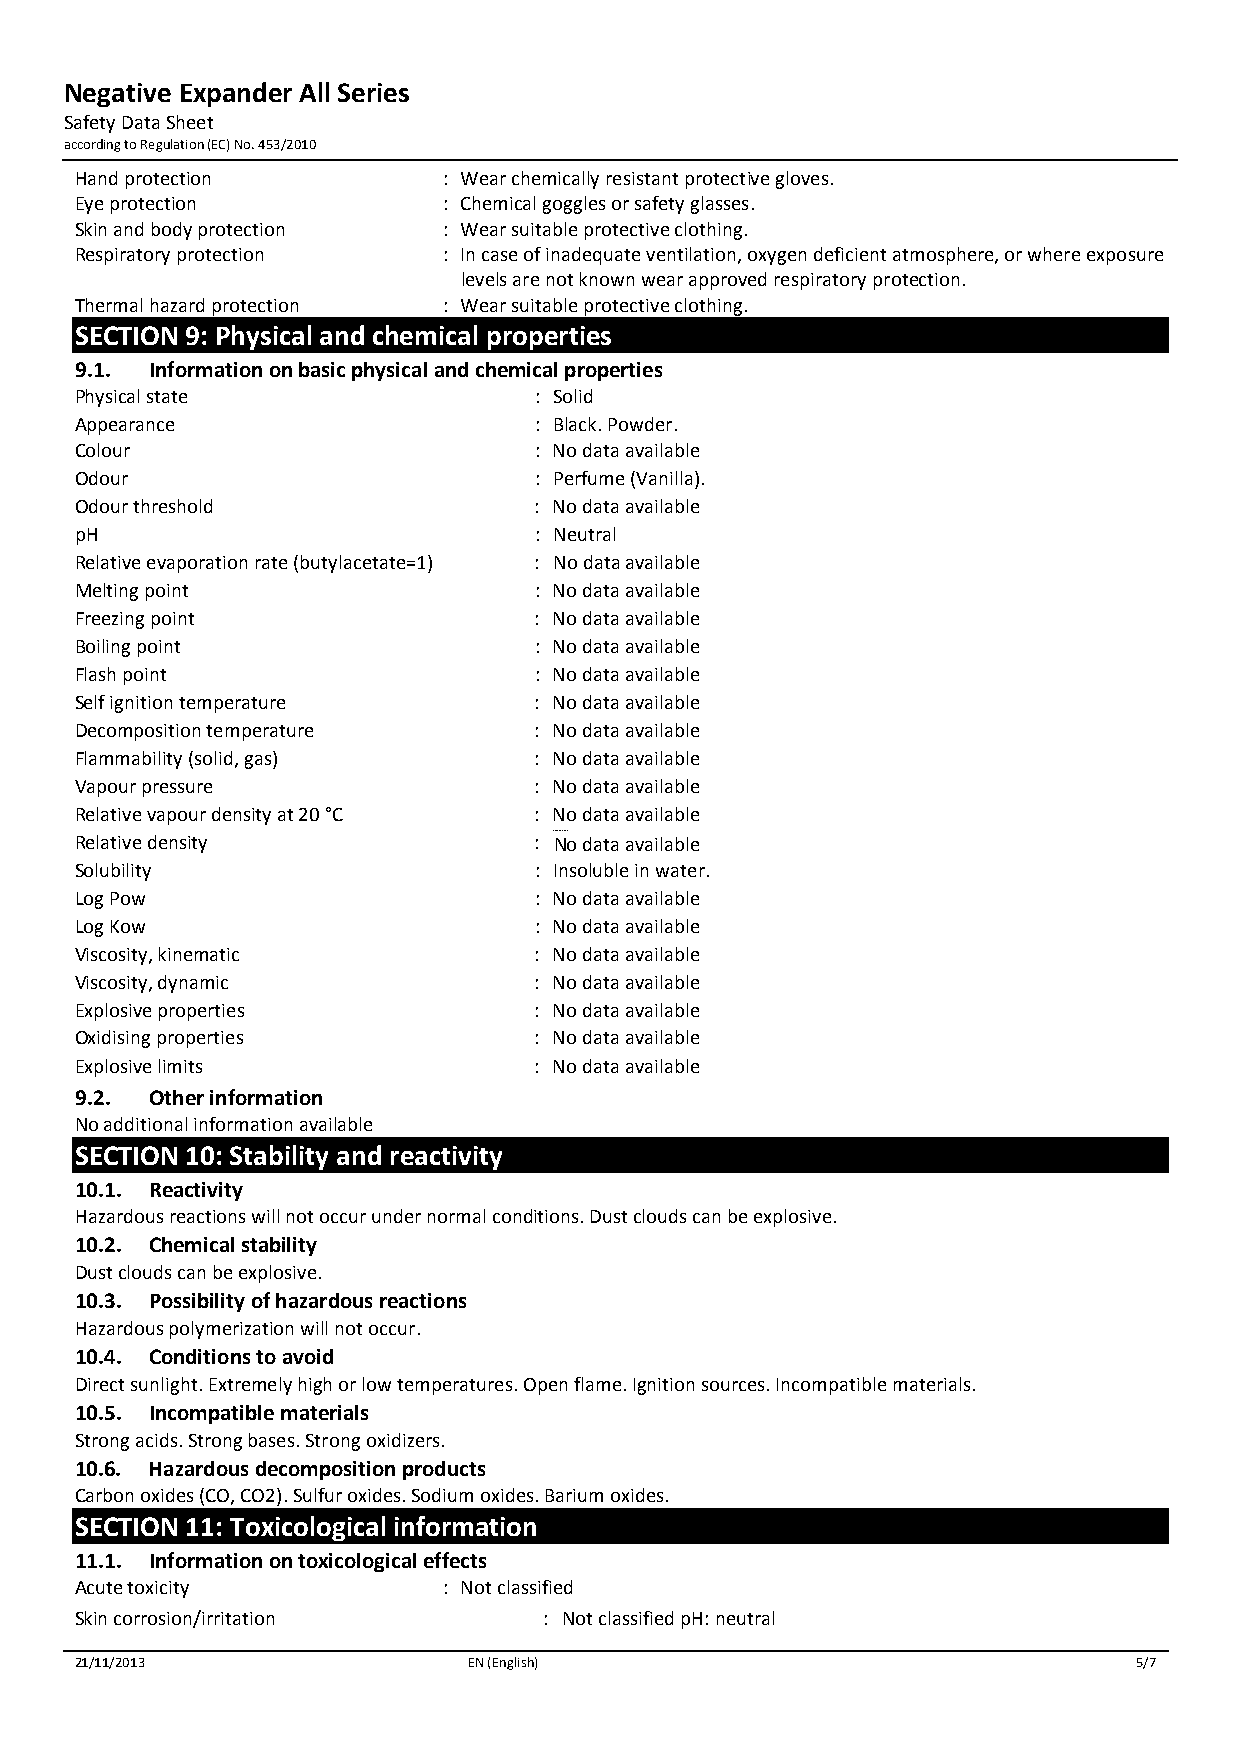
Negative Expander All Series
 Safety Data Sheet
 according to Regulation (EC) No. 453/2010
 Hand protection         : Wear chemically resistant protective gloves.
 Eye protection          : Chemical goggles or safety glasses.
 Skin and body protection : Wear suitable protective clothing.
 Respiratory protection  : In case of inadequate ventilation, oxygen deficient atmosphere, or where exposure
 levels are not known wear approved respiratory protection.
 Thermal hazard protection : Wear suitable protective clothing.
 SECTION 9: Physical and chemical properties
 9.1. Information on basic physical and chemical properties
 Physical state                : Solid
 Appearance                    : B lack. Powder.
 Colour                        : No data available
 Odour                         : P erfume (Vanilla).
 Odour threshold               : N o data available
 pH                            : N eutral
 Relative evaporation rate (butylacetate=1) : N o data available
 Melting point                 : N o data available
 Freezing point                : N o data available
 Boiling point                 : N o data available
 Flash point                   : N o data available
 Self ignition temperature     : N o data available
 Decomposition temperature     : N o data available
 Flammability (solid, gas)     : N o data available
 Vapour pressure               : N o data available
 Relative vapour density at 20 °C : N o data available
 Relative density              : N No data availableo data available
 Solubility                    : Insoluble in water.
 Log Pow                       : N o data available
 Log Kow                       : N o data available
 Viscosity, kinematic          : N o data available
 Viscosity, dynamic            : N o data available
 Explosive properties          : N o data available
 Oxidising properties          : N o data available
 Explosive limits              : N o data available
 9.2. Other information
 No additional information available
 SECTION 10: Stability and reactivity
 10.1. Reactivity
 Hazardous reactions will not occur under normal conditions. Dust clouds can be explosive.
 10.2. Chemical stability
 Dust clouds can be explosive.
 10.3. Possibility of hazardous reactions
 Hazardous polymerization will not occur.
 10.4. Conditions to avoid
 Direct sunlight. Extremely high or low temperatures. Open flame. Ignition sources. Incompatible materials.
 10.5. Incompatible materials
 Strong acids. Strong bases. Strong oxidizers.
 10.6. Hazardous decomposition products
 Carbon oxides (CO, CO2). Sulfur oxides. Sodium oxides. Barium oxides.
 SECTION 11: Toxicological information
 11.1. Information on toxicological effects
 Acute toxicity          : Not classified
 S kin corrosion/irritation     : Not classified pH: neutral
 21/11/2013                EN (English)                                5/7